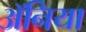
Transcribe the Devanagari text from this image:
ॲनिया